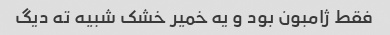
فقط ژامبون بود و یه خمیر خشک شبیه ته دیگ